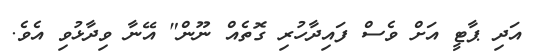
އަދި ޕާޓީ އަށް ވެސް ފައިދާހުރި ގޮތެއް ނޫން" އޭނާ ވިދާޅުވި އެވެ.